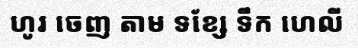
ហូរ ចេញ តាម ទខ្សែ ទឹក ហេលី